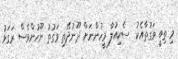
މި ތިބީ ވަގުތާއެކު  ސެކިއުލާ މީހުންނަށް ދޫނުދޭތި ވަގުތު ނޫހުންވެސް ރަގަޅު